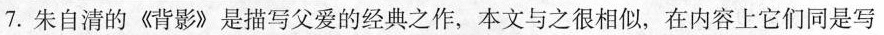
7.朱自清的《背影》是描写父爱的经典之作，本文与之很相似，在内容上它们同是写